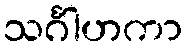
သင်္ဂါဟကာ